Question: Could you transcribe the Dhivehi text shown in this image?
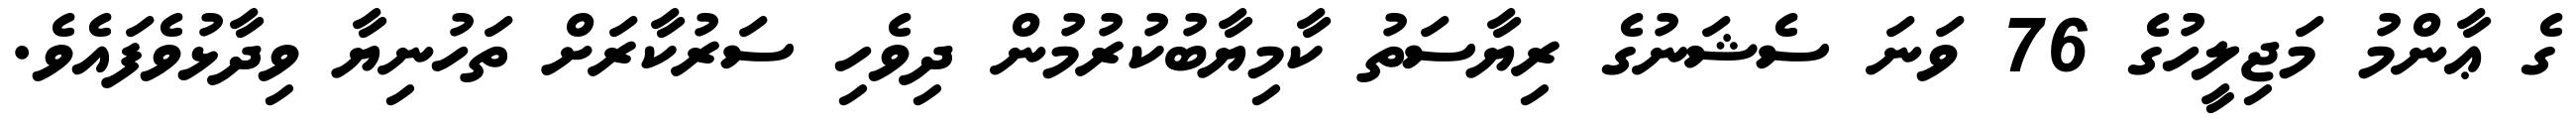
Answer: ގެ ޢާންމު މަޖިލީހުގެ 76 ވަނަ ސެޝަނުގެ ރިޔާސަތު ކާމިޔާބުކުރުމުން ދިވެހި ސަރުކާރަށް ތަހުނިޔާ ވިދާޅުވެފައެވެ.